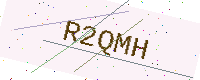
Text: R2QMH